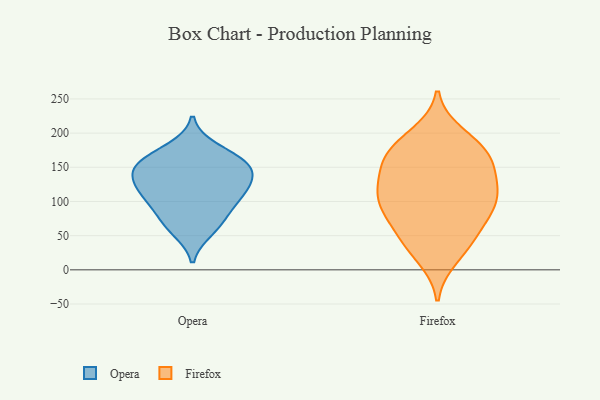
{"axis": {"x": "Bounce Rate (%)", "y": "Value"}, "legend": ["Firefox", "Opera"], "data": [{"x": "", "y": 156, "type": "Opera"}, {"x": "", "y": 160, "type": "Opera"}, {"x": "", "y": 68, "type": "Opera"}, {"x": "", "y": 136, "type": "Opera"}, {"x": "", "y": 84, "type": "Opera"}, {"x": "", "y": 126, "type": "Opera"}, {"x": "", "y": 177, "type": "Opera"}, {"x": "", "y": 150, "type": "Opera"}, {"x": "", "y": 111, "type": "Opera"}, {"x": "", "y": 150, "type": "Opera"}, {"x": "", "y": 58, "type": "Opera"}, {"x": "", "y": 114, "type": "Opera"}, {"x": "", "y": 105, "type": "Opera"}, {"x": "", "y": 77, "type": "Firefox"}, {"x": "", "y": 18, "type": "Firefox"}, {"x": "", "y": 198, "type": "Firefox"}, {"x": "", "y": 83, "type": "Firefox"}, {"x": "", "y": 37, "type": "Firefox"}, {"x": "", "y": 129, "type": "Firefox"}, {"x": "", "y": 177, "type": "Firefox"}, {"x": "", "y": 103, "type": "Firefox"}, {"x": "", "y": 163, "type": "Firefox"}, {"x": "", "y": 167, "type": "Firefox"}, {"x": "", "y": 98, "type": "Firefox"}, {"x": "", "y": 123, "type": "Firefox"}, {"x": "", "y": 145, "type": "Firefox"}, {"x": "", "y": 40, "type": "Firefox"}, {"x": "", "y": 110, "type": "Firefox"}, {"x": "", "y": 57, "type": "Firefox"}, {"x": "", "y": 185, "type": "Firefox"}, {"x": "", "y": 100, "type": "Firefox"}, {"x": "", "y": 158, "type": "Firefox"}]}